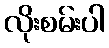
လိုးစမ်းပါ